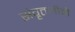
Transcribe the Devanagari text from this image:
संवृतजीवी